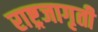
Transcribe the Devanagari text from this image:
राष्ट्रजागृती